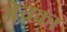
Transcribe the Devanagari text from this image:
मेचका